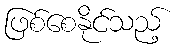
ဖြစ်စေနိုင်သည့်